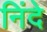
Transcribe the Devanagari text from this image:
निंदे